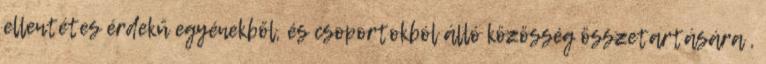
ellentétes érdekű egyénekből, és csoportokból álló közösség összetartására ,